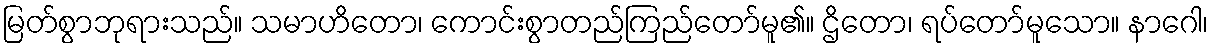
မြတ်စွာဘုရားသည်။ သမာဟိတော၊ ကောင်းစွာတည်ကြည်တော်မူ၏။ ဌိတော၊ ရပ်တော်မူသော။ နာဂေါ၊